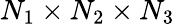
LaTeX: N_{1}\times N_{2}\times N_{3}